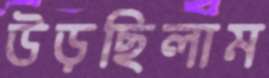
উড়ছিলাম